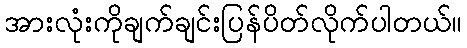
အားလုံးကိုချက်ချင်းပြန်ပိတ်လိုက်ပါတယ်။